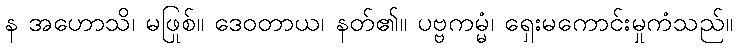
န အဟောသိ၊ မဖြစ်။ ဒေဝတာယ၊ နတ်၏။ ပုဗ္ဗကမ္မံ၊ ရှေးမကောင်းမှုကံသည်။